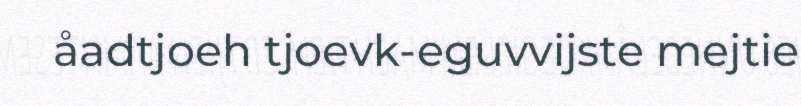
åadtjoeh tjoevk-eguvvijste mejtie